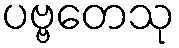
ပဗ္ဗတေသု